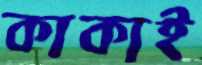
কাকাই